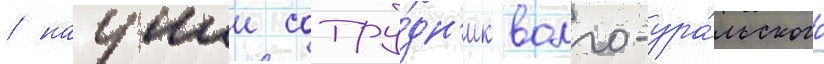
/ научныи сотру́дн'ик волго-ура́льского